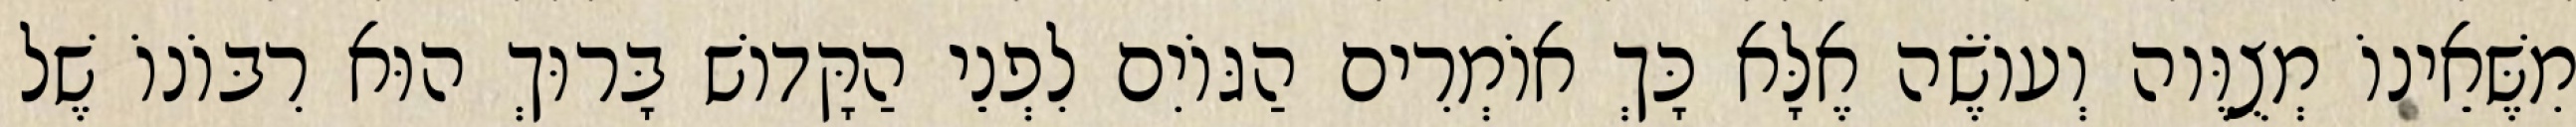
מִשֶּׁאֵינוֹ מְצֻוֶּוה וְעוֹשֶׂה אֶלָּא כָּךְ אוֹמְרִים הַגּוֹיִם לִפְנֵי הַקָּדוֹשׁ בָּרוּךְ הוּא רִבּוֹנוֹ שֶׁל